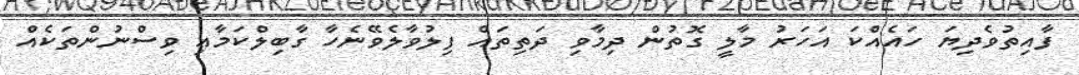
ފާއިތުވެދިޔަ ހައެއްކަ އަހަރު މާލީ ގޮތުން ދިމާވި ދަތިތައް ފިލުވާލެވޭނެހާ ގާބިލްކަމާއި ވިސްނުންތަކެއް